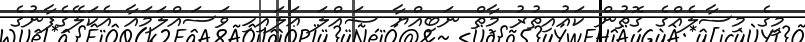
މީގެ މިސާލެއްގެ ގޮތުން ކައުއިތުރު މާތް ނަބިއްޔާ ޞައްލަ ޢަލައިހި ވަސައްލަމައާ އެކަލޭގެފާނުގެ